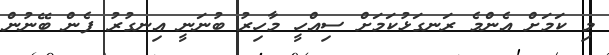
މި ކަމަށް އެންމެ ރަނގަޅުކަމަށް ސިއްހީ މާހިރު ބުނަނީ އިނގުރު ފެން ބޭނުން